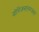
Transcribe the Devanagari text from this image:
योगिजनांतररंजना